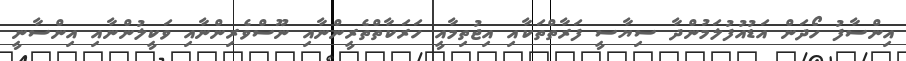
އިންސާފު ހޯދަން އަޑުއުފުލަމުންދާ ސިޔާސީ ފަރާތްތަކާއި އިޖުތިމާއީ ހަރަކާތްތެރީންނާއި ނޫސްވެރިންނާއި ވަކީލުންނާއި އިންސާނީ